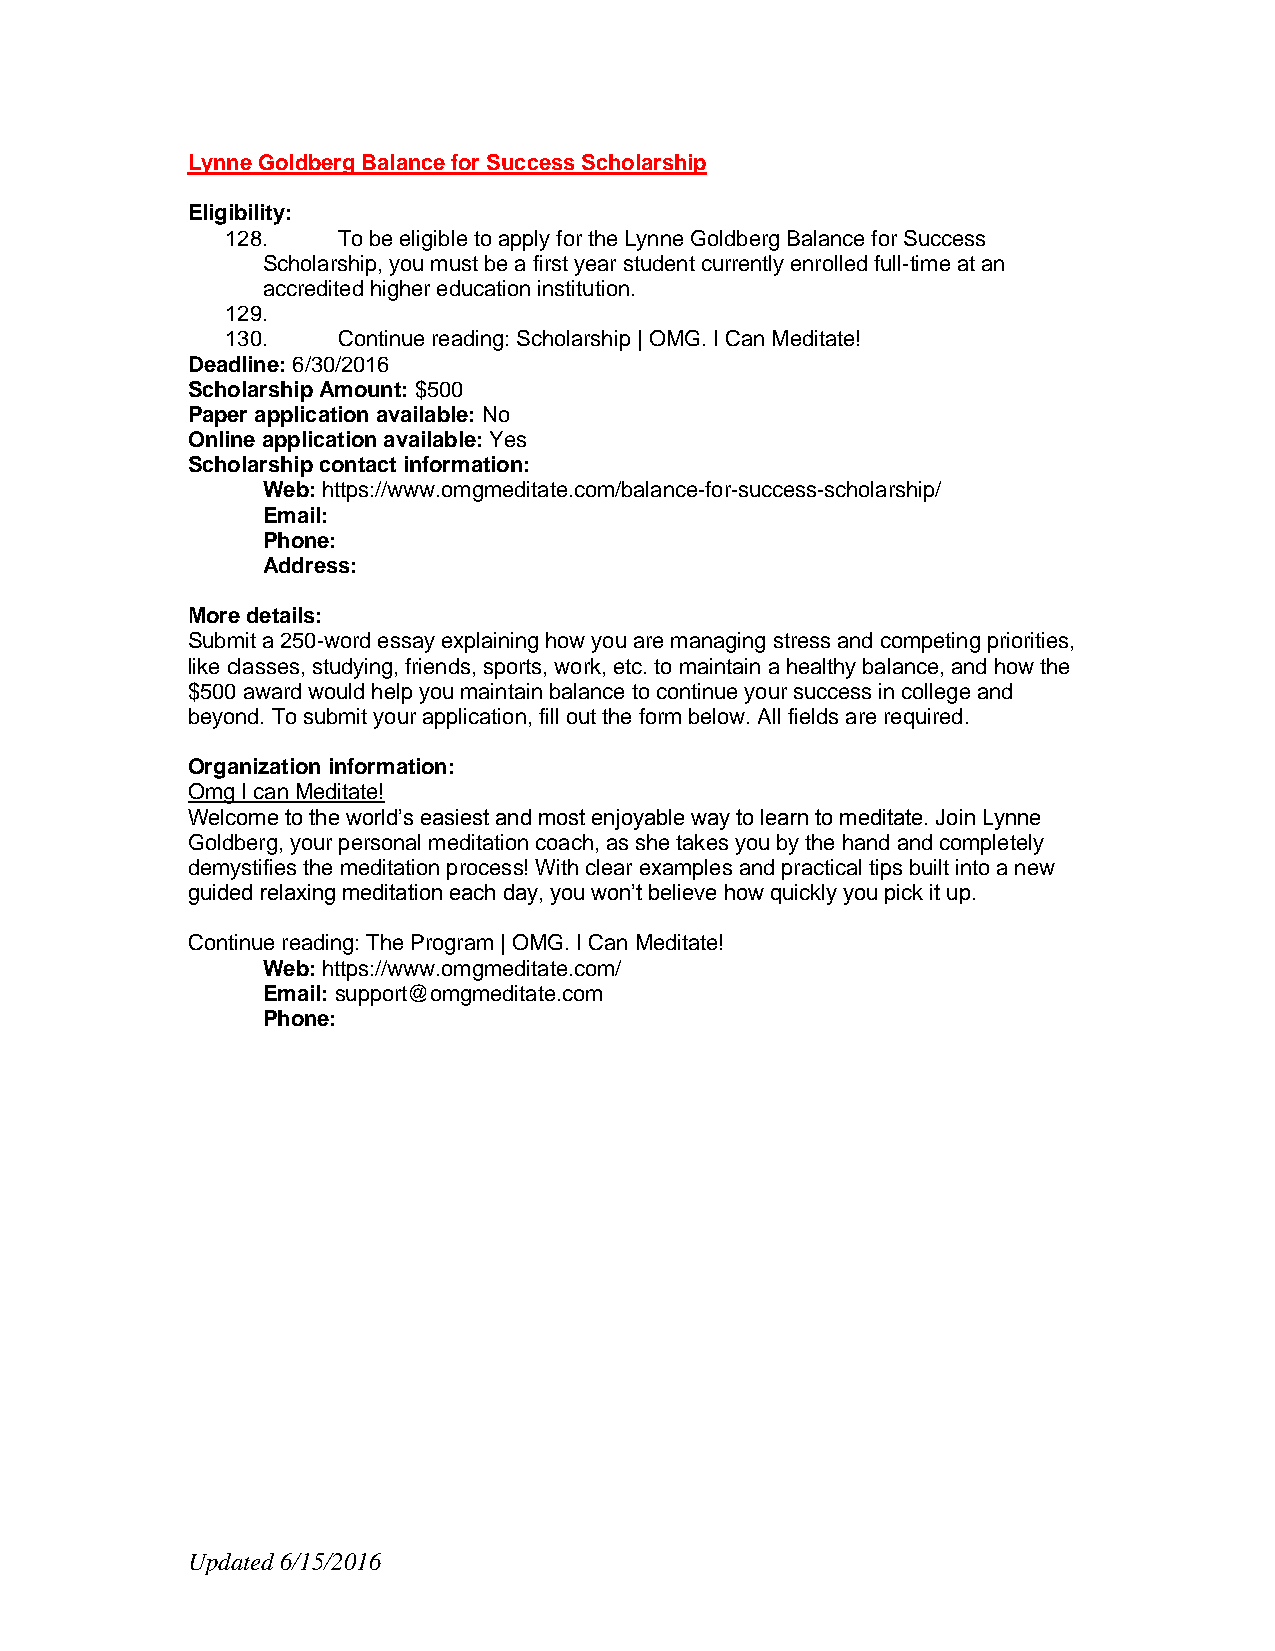
Lynne Goldberg Balance for Success Scholarship
 Eligibility:
 128.   To be eligible to apply for the Lynne Goldberg Balance for Success
 Scholarship, you must be a first year student currently enrolled full-time at an
 accredited higher education institution.
 129.
 130.   Continue reading: Scholarship | OMG. I Can Meditate!
 Deadline: 6/30/2016
 Scholarship Amount: $500
 Paper application available: No
 Online application available: Yes
 Scholarship contact information:
 Web: https://www.omgmeditate.com/balance-for-success-scholarship/
 Email:
 Phone:
 Address:
 More details:
 Submit a 250-word essay explaining how you are managing stress and competing priorities,
 like classes, studying, friends, sports, work, etc. to maintain a healthy balance, and how the
 $500 award would help you maintain balance to continue your success in college and
 beyond. To submit your application, fill out the form below. All fields are required.
 Organization information:
 Omg I can Meditate!
 Welcome to the world’s easiest and most enjoyable way to learn to meditate. Join Lynne
 Goldberg, your personal meditation coach, as she takes you by the hand and completely
 demystifies the meditation process! With clear examples and practical tips built into a new
 guided relaxing meditation each day, you won’t believe how quickly you pick it up.
 Continue reading: The Program | OMG. I Can Meditate!
 Web: https://www.omgmeditate.com/
 Email: support@omgmeditate.com
 Phone:
 Updated 6/15/2016